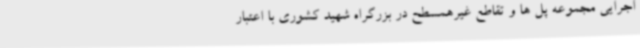
اجرایی مجموعه پل ها و تقاطع غیرهمسطح در بزرگراه شهید کشوری با اعتبار